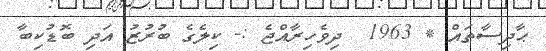
ޙާދިސާތައް * 1963  ދިވެހިރާއްޖެ :- ކިލެގެ ބުރުޒު އަދި ބޮޑުކިބާ